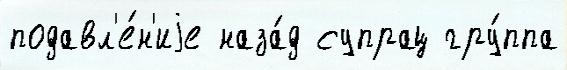
подавл'е́н'иjе наза́д супрац гру́ппа